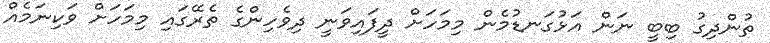
ތުންދިގު ބިބީ ނަން އަޅުގަނޑުމެން މިމަހަށް ދީފައިވަނީ ދިވެހިންގެ ތެރޭގައި މިމަހަށް ވަކިނަމެއް